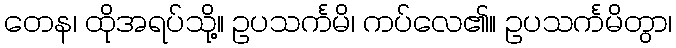
တေန၊ ထိုအရပ်သို့။ ဥပသင်္ကမိ၊ ကပ်လေ၏။ ဥပသင်္ကမိတွာ၊